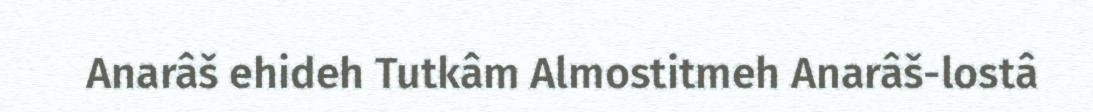
Anarâš ehideh Tutkâm Almostitmeh Anarâš-lostâ